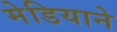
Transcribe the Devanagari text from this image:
मेडियाने